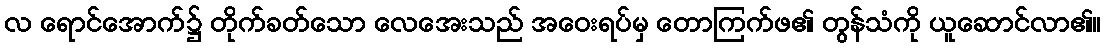
လ ရောင်အောက်၌ တိုက်ခတ်သော လေအေးသည် အဝေးရပ်မှ တောကြက်ဖ၏ တွန်သံကို ယူဆောင်လာ၏။